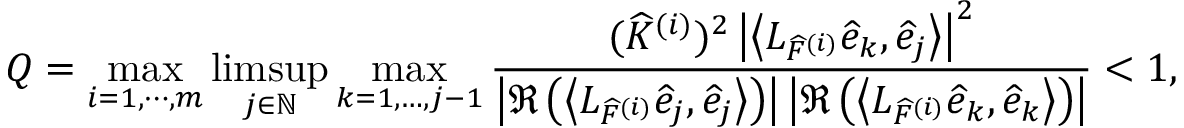
Q = \operatorname* { m a x } _ { i = 1 , \cdots , m } \operatorname* { l i m s u p } _ { j \in \mathbb { N } } \operatorname* { m a x } _ { k = 1 , \dots , j - 1 } \frac { ( \widehat { K } ^ { ( i ) } ) ^ { 2 } \left| \left\langle L _ { \widehat { F } ^ { ( i ) } } \widehat { e } _ { k } , \widehat { e } _ { j } \right\rangle \right| ^ { 2 } } { \left| \Re \left( \left\langle L _ { \widehat { F } ^ { ( i ) } } \widehat { e } _ { j } , \widehat { e } _ { j } \right\rangle \right) \right| \left| \Re \left( \left\langle L _ { \widehat { F } ^ { ( i ) } } \widehat { e } _ { k } , \widehat { e } _ { k } \right\rangle \right) \right| } < 1 ,